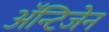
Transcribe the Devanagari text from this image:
ॲन्टिजेन